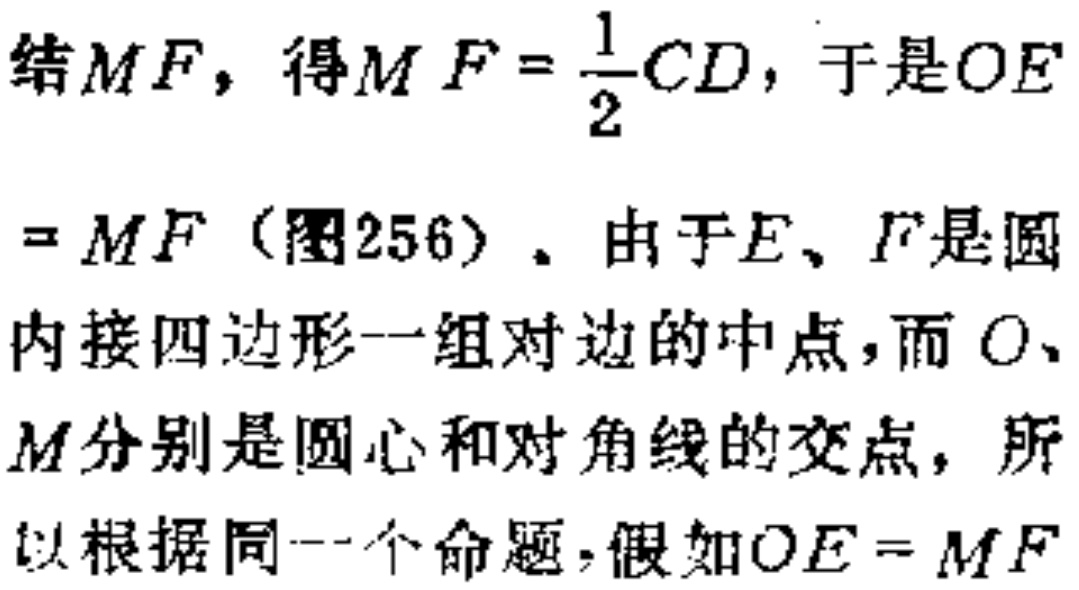
结$MF$，得$MF = \frac{1}{2}CD$，于是$OE$
$= MF$（图256）。由于$E、F$是圆
内接四边形一组对边的中点，而$O、$
$M$分别是圆心和对角线的交点，所
以根据同一个命题，假如$OE = MF$